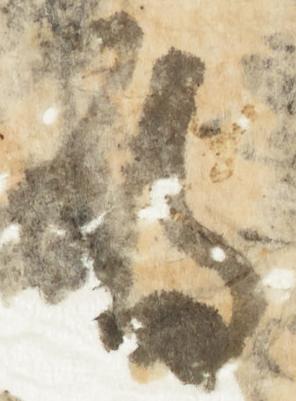
期